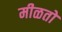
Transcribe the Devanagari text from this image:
मीळतो